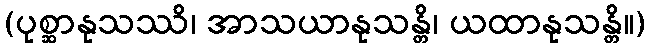
(ပုစ္ဆာနုသဿိ၊ အာသယာနုသန္တိ၊ ယထာနုသန္တိ။)